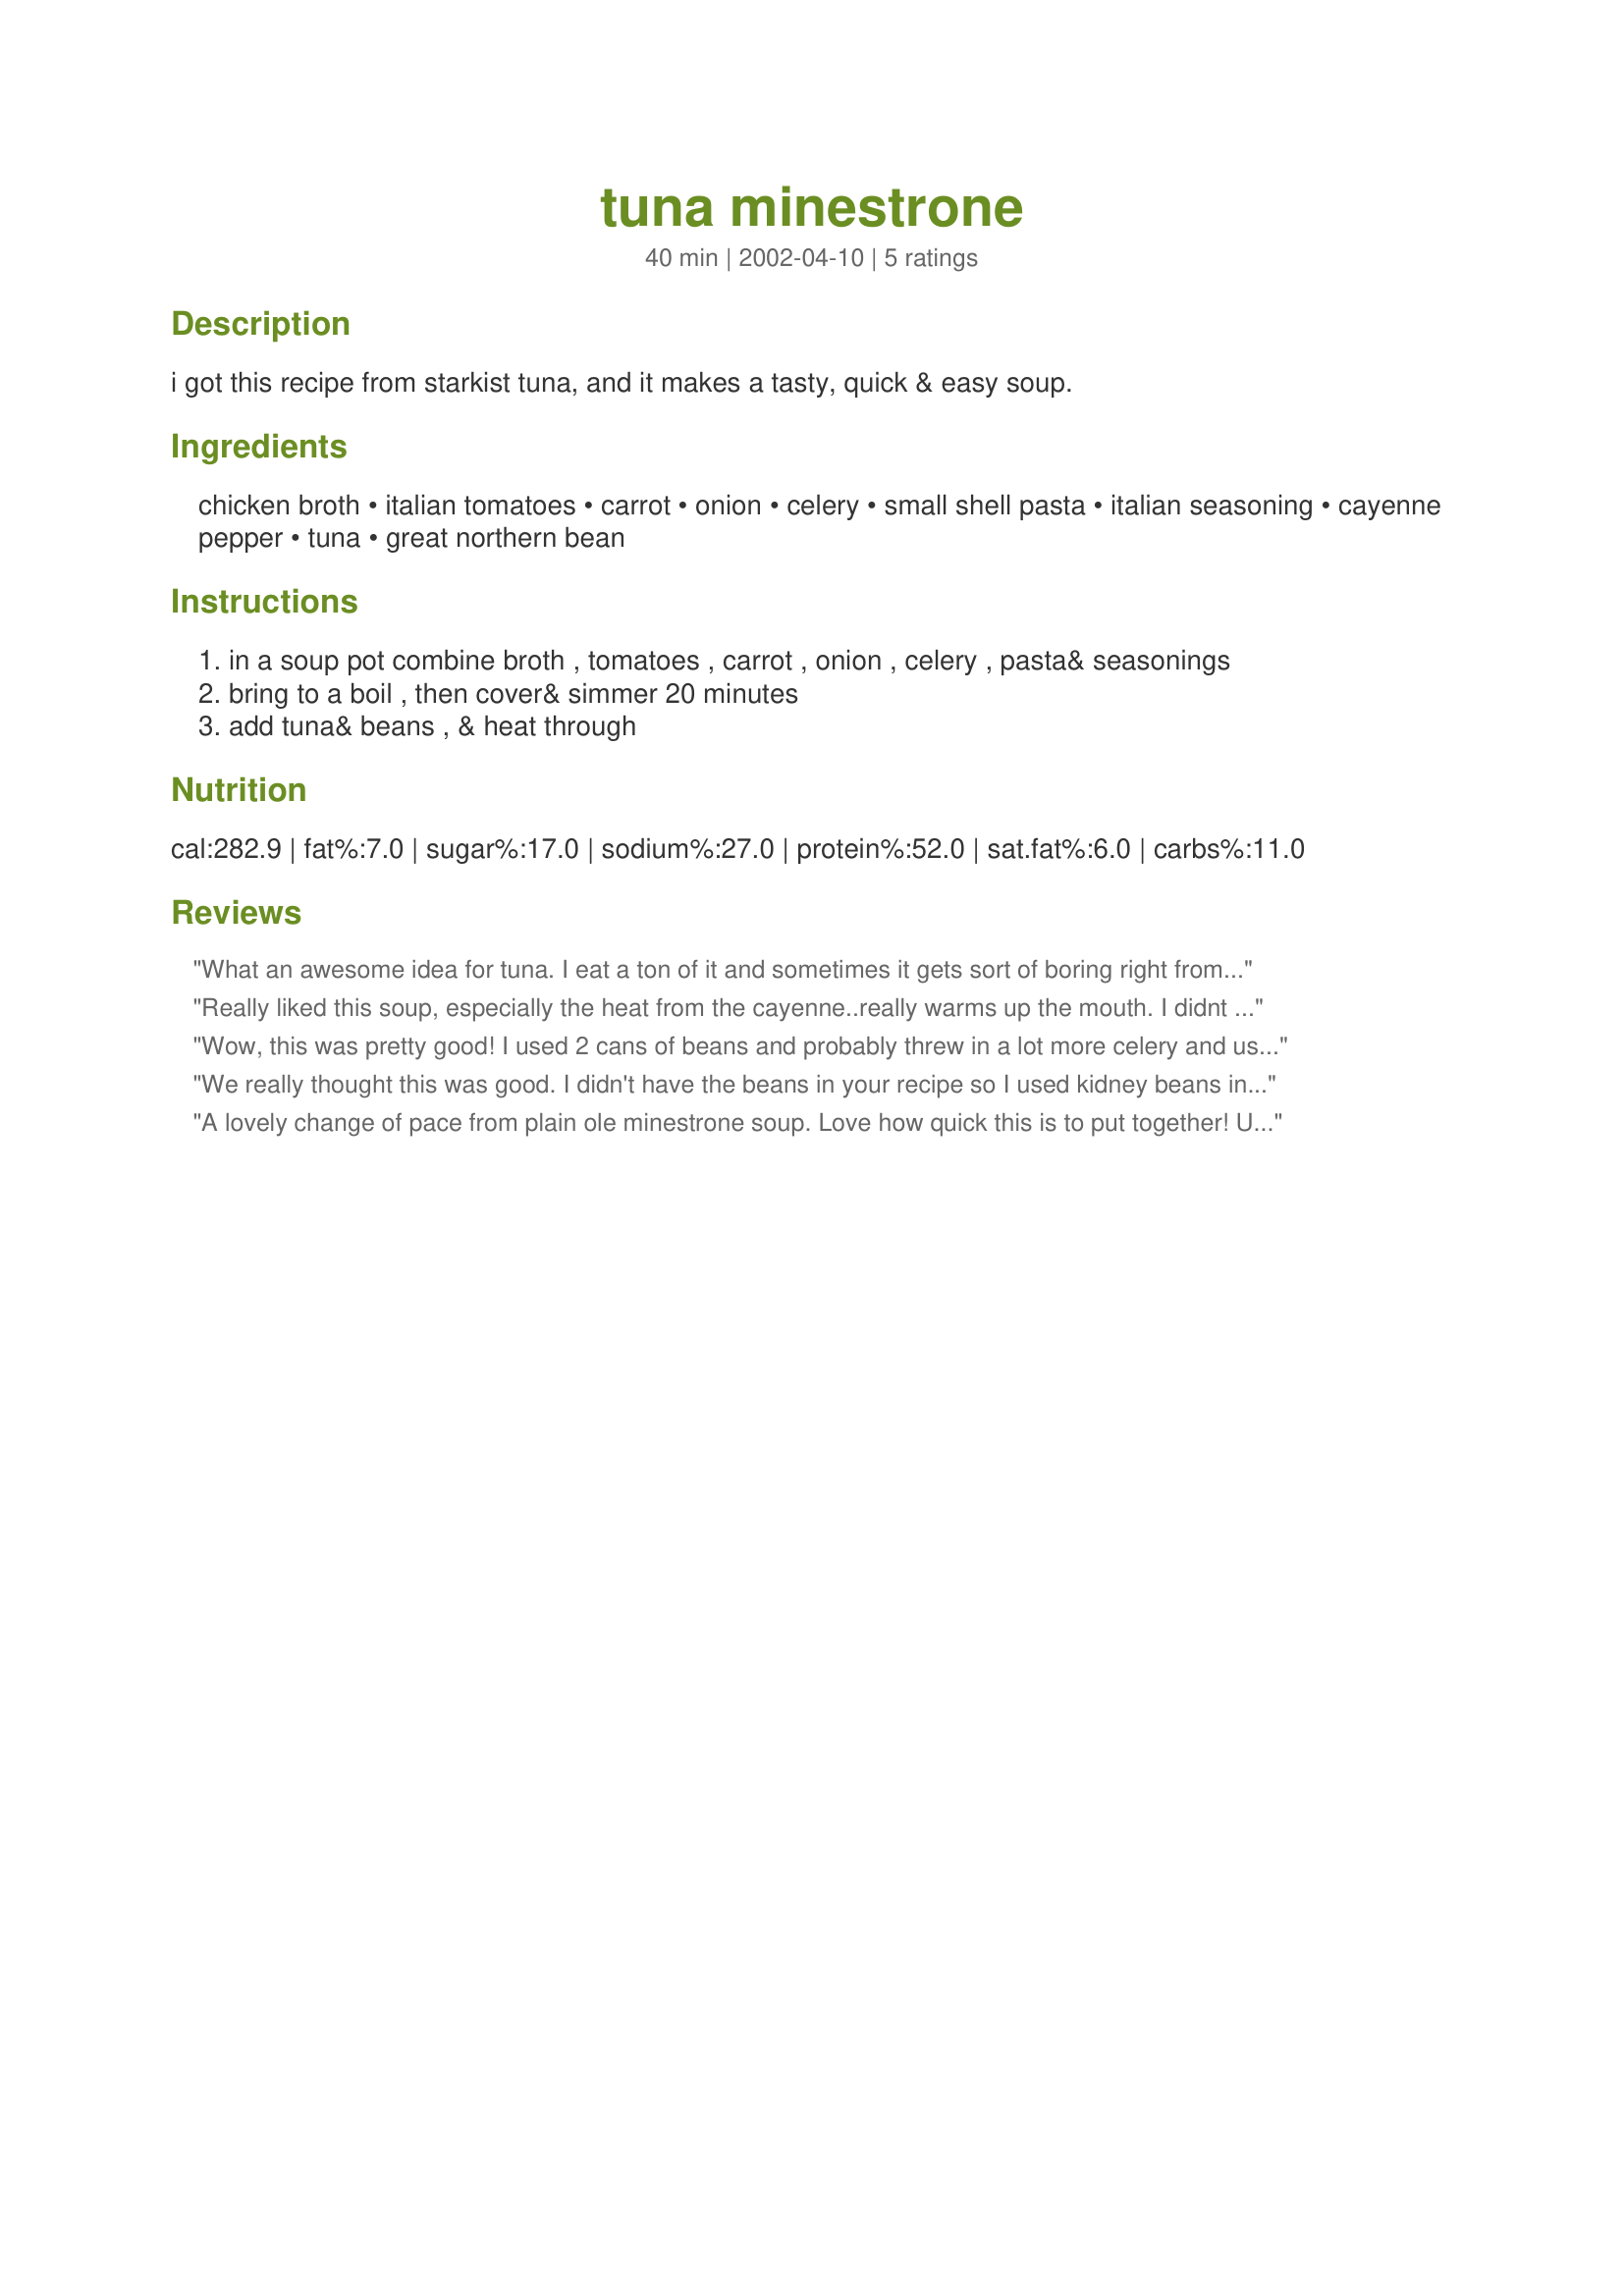
tuna minestrone
Preparation time: 40 minutes

i got this recipe from starkist tuna, and it makes a tasty, quick & easy soup.

Ingredients:
chicken broth, italian tomatoes, carrot, onion, celery, small shell pasta, italian seasoning, cayenne pepper, tuna, great northern bean

Steps:
in a soup pot combine broth , tomatoes , carrot , onion , celery , pasta& seasonings
bring to a boil , then cover& simmer 20 minutes
add tuna& beans , & heat through

Reviews:
What an awesome idea for tuna. I eat a ton of it and sometimes it gets sort of boring right from the can. I modified the recipe a little because I had some things in my kitchen that I had to use up. I substituted a can of mixed beans instead of the northern beans. I also added as extras: 2 15 oz. cans of diced tomatoes, 1 large red pepper, 2 cups of carrots, 2 cups of green beans and an extra onion. It made an awesome, thick and hearty soup. Thanks for the recipe Keywee!
Really liked this soup, especially the heat from the cayenne..really warms up the mouth.
I didnt have any shell pasta so uused small rigatoni..and I used kidney beans.
Full of flavour.
Wow, this was pretty good! I used 2 cans of beans and probably threw in a lot more celery and used mini peeled carrots too. I also added around 3 cups of water and added some chicken bouillion to taste. Thanks!
We really thought this was good. I didn't have the beans in your recipe so I used kidney beans instead (I rinsed them first) and it still tasted really good. Thank you for telling me about your tuna recipe when I asked for recipes (I use a lot of tuna).
A lovely change of pace from plain ole minestrone soup. Love how quick this is to put together! Used crushed tomatoes with chilis and oregano&basil instead of Italian seasoning, but otherwise followed the recipe. Great soup, thanks KeyWee!
